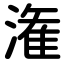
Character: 潅